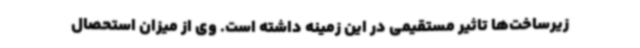
زیرساخت‌ها تاثیر مستقیمی در این زمینه داشته است. وی از میزان استحصال